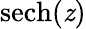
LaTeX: \operatorname{sech}(\mathit{z})